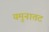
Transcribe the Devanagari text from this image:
यमुनातट